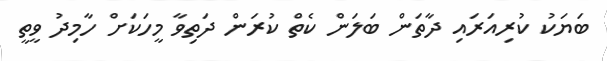
ބަޔަކު ކުރިއަރައި ދާތަން ބަލަން ކެތް ކުރަން ދަތިވާ މީހަކަށް ހާމިދު ވީތީ